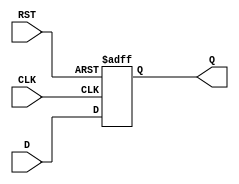
module stage_register #(
    parameter DATA_WIDTH = 8  // Parameter to define the width of the data
)(
    input  wire [DATA_WIDTH-1:0] D,    // Data input
    input  wire CLK,                    // Clock signal
    input  wire RST,                    // Reset signal
    output reg  [DATA_WIDTH-1:0] Q      // Data output
);

// Always block for synchronous behavior
always @(posedge CLK or posedge RST) begin
    if (RST) begin
        Q <= {DATA_WIDTH{1'b0}}; // Asynchronously reset Q to 0
    end else begin
        Q <= D; // Capture input data on clock edge
    end
end

endmodule